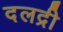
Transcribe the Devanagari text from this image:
दलद्री